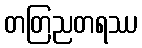
တတြညတရဿ